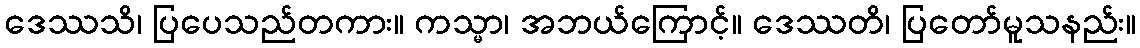
ဒေဿသိ၊ ပြပေသည်တကား။ ကသ္မာ၊ အဘယ်ကြောင့်။ ဒေဿတိ၊ ပြတော်မူသနည်း။